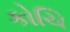
કોચિ